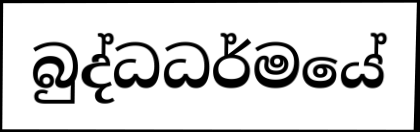
බුද්ධධර්මයේ